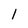
Character: 1